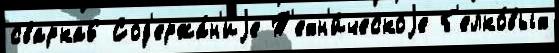
сварка6 Сод'ержа́н'иjе Т'ехн'и́ческоjе б'елко́вых